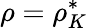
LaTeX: \rho=\rho_{K}^{*}